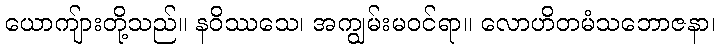
ယောကျ်ားတို့သည်။ နဝိဿသေ၊ အကျွမ်းမဝင်ရာ။ လောဟိတမံသဘောဇနာ၊